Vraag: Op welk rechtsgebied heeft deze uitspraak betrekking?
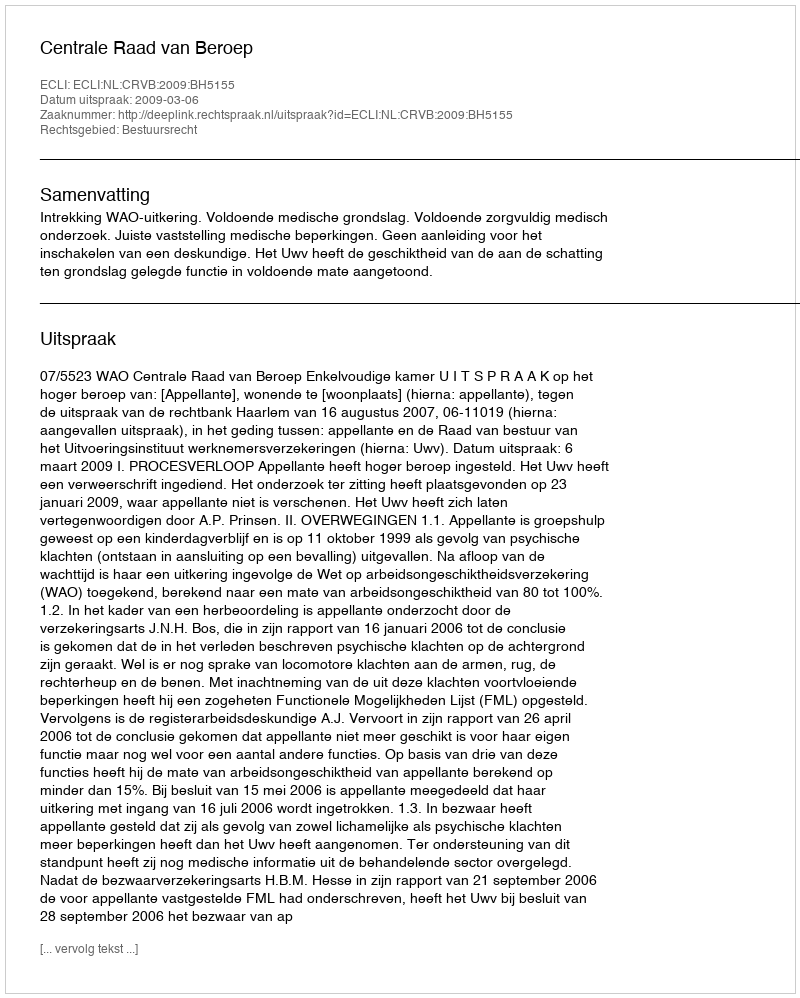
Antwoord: Bestuursrecht